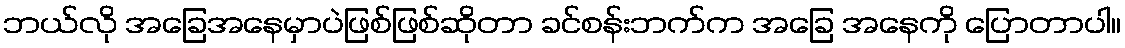
ဘယ်လို အခြေအနေမှာပဲဖြစ်ဖြစ်ဆိုတာ ခင်စန်းဘက်က အခြေ အနေကို ပြောတာပါ။